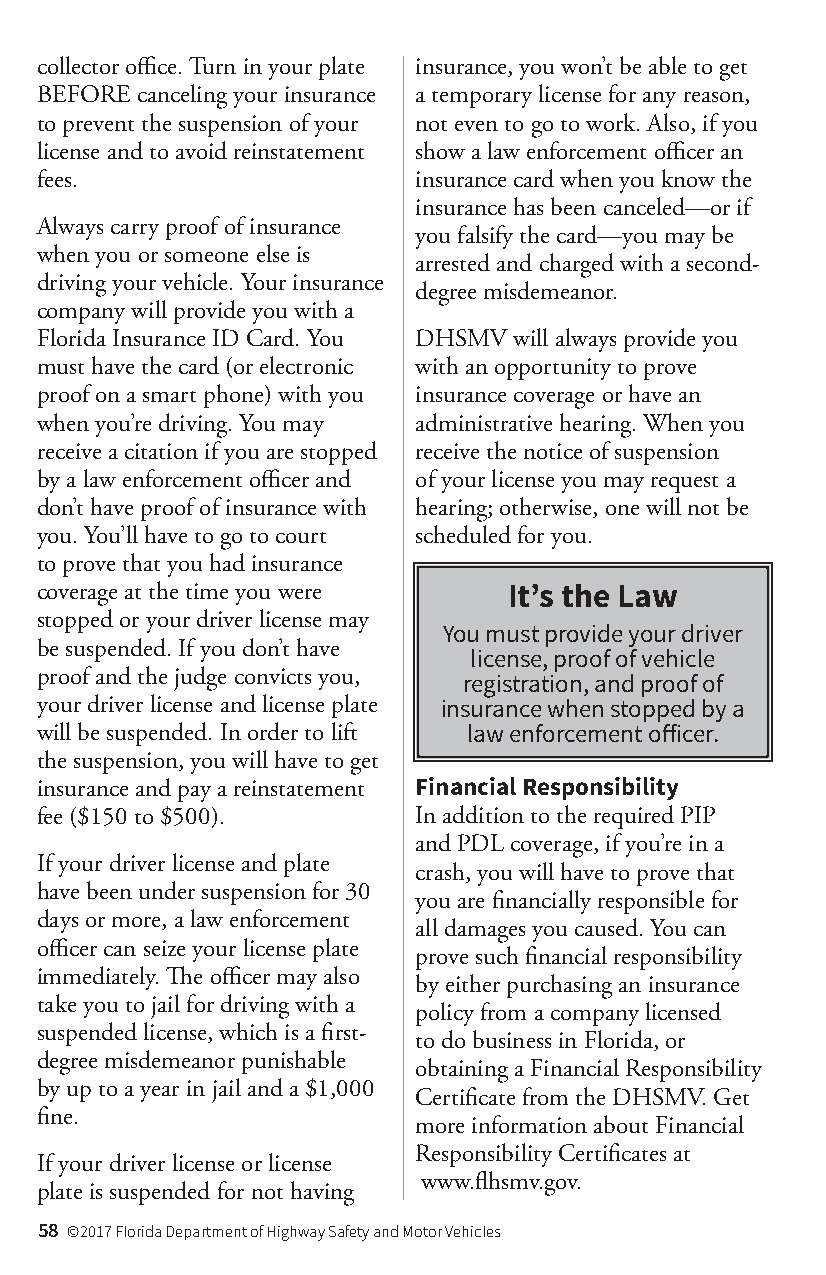
collector office. Turn in your plate insurance, you won’t be able to get
 BEFORE canceling your insurance a temporary license for any reason,
 to prevent the suspension of your not even to go to work. Also, if you
 license and to avoid reinstatement show a law enforcement officer an
 fees.                    insurance card when you know the
 insurance has been canceled—or if
 Always carry proof of insurance
 you falsify the card—you may be
 when you or someone else is
 arrested and charged with a second-
 driving your vehicle. Your insurance
 degree misdemeanor.
 company will provide you with a
 Florida Insurance ID Card. You DHSMV will always provide you
 must have the card (or electronic with an opportunity to prove
 proof on a smart phone) with you insurance coverage or have an
 when you’re driving. You may administrative hearing. When you
 receive a citation if you are stopped receive the notice of suspension
 by a law enforcement officer and of your license you may request a
 don’t have proof of insurance with hearing; otherwise, one will not be
 you. You’ll have to go to court scheduled for you.
 to prove that you had insurance
 coverage at the time you were   It’s the Law
 stopped or your driver license may
 You must provide your driver
 be suspended. If you don’t have
 license, proof of vehicle
 proof and the judge convicts you,
 registration, and proof of
 your driver license and license plate insurance when stopped by a
 will be suspended. In order to lift law enforcement officer.
 the suspension, you will have to get
 insurance and pay a reinstatement Financial Responsibility
 fee ($150 to $500).      In addition to the required PIP
 and PDL coverage, if you’re in a
 If your driver license and plate
 crash, you will have to prove that
 have been under suspension for 30
 you are financially responsible for
 days or more, a law enforcement
 all damages you caused. You can
 officer can seize your license plate
 prove such financial responsibility
 immediately. The officer may also
 by either purchasing an insurance
 take you to jail for driving with a
 policy from a company licensed
 suspended license, which is a first-
 to do business in Florida, or
 degree misdemeanor punishable
 obtaining a Financial Responsibility
 by up to a year in jail and a $1,000
 Certificate from the DHSMV. Get
 fine.
 more information about Financial
 Responsibility Certificates at
 If your driver license or license
 www.flhsmv.gov.
 plate is suspended for not having
 58 ©2017 Florida Department of Highway Safety and Motor Vehicles